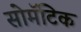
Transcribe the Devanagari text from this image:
सोमॅटिक